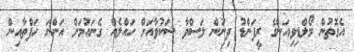
އެގޮތުން މޯލްޑިވިއަންގެ ރީފަންޑު ދިނުން ލަސްވާ ޝަކުވާއަށް ހައްލެއް ގެނައުމަށް އަންނަ ހަފްތާއިން